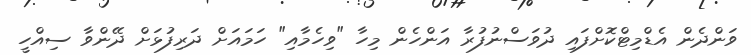
ވަންދެން އެޑްމިޓްކޮށްފައި ދުވަސްނުފުރާ އަންހެން މިހާ "ވިހެމާއި" ހަމައަށް ދަރިފުޅަށް ދޭންވާ ސިއްހީ